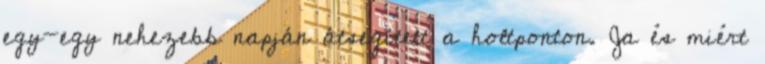
egy-egy nehezebb napján átsegített a holtponton. Ja és miért